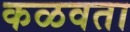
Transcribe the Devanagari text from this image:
कळवता